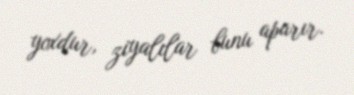
yoxdur, ziyalılar bunu aparır.